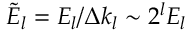
\tilde { E } _ { l } = E _ { l } / \Delta k _ { l } \sim 2 ^ { l } E _ { l }